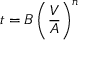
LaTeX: t = B \left( { \frac { V } { A } } \right) ^ { n }